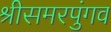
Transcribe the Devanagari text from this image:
श्रीसमरपुंगव